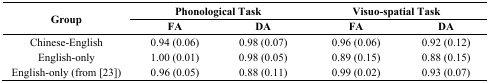
<table><thead><tr><td rowspan="2"><b>Group</b></td><td colspan="2"><b>Phonological Task</b></td><td colspan="2"><b>Visuo-spatial Task</b></td></tr><tr><td><b>FA</b></td><td><b>DA</b></td><td><b>FA</b></td><td><b>DA</b></td></tr></thead><tbody><tr><td>Chinese-English </td><td>0.94 (0.06)</td><td>0.98 (0.07)</td><td>0.96 (0.06)</td><td>0.92 (0.12)</td></tr><tr><td>English-only</td><td>1.00 (0.01)</td><td>0.98 (0.05)</td><td>0.89 (0.15)</td><td>0.88 (0.15)</td></tr><tr><td>English-only (from [23])</td><td>0.96 (0.05)</td><td>0.88 (0.11)</td><td>0.99 (0.02)</td><td>0.93 (0.07)</td></tr></tbody></table>